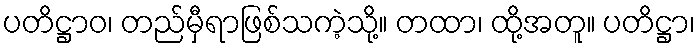
ပတိဋ္ဌာဝ၊ တည်မှီရာဖြစ်သကဲ့သို့။ တထာ၊ ထို့အတူ။ ပတိဋ္ဌာ၊